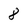
Character: 8